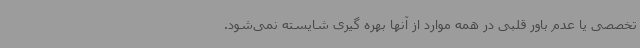
تخصصی یا عدم باور قلبی در همه موارد از آنها بهره گیری شایسته نمی‌شود.